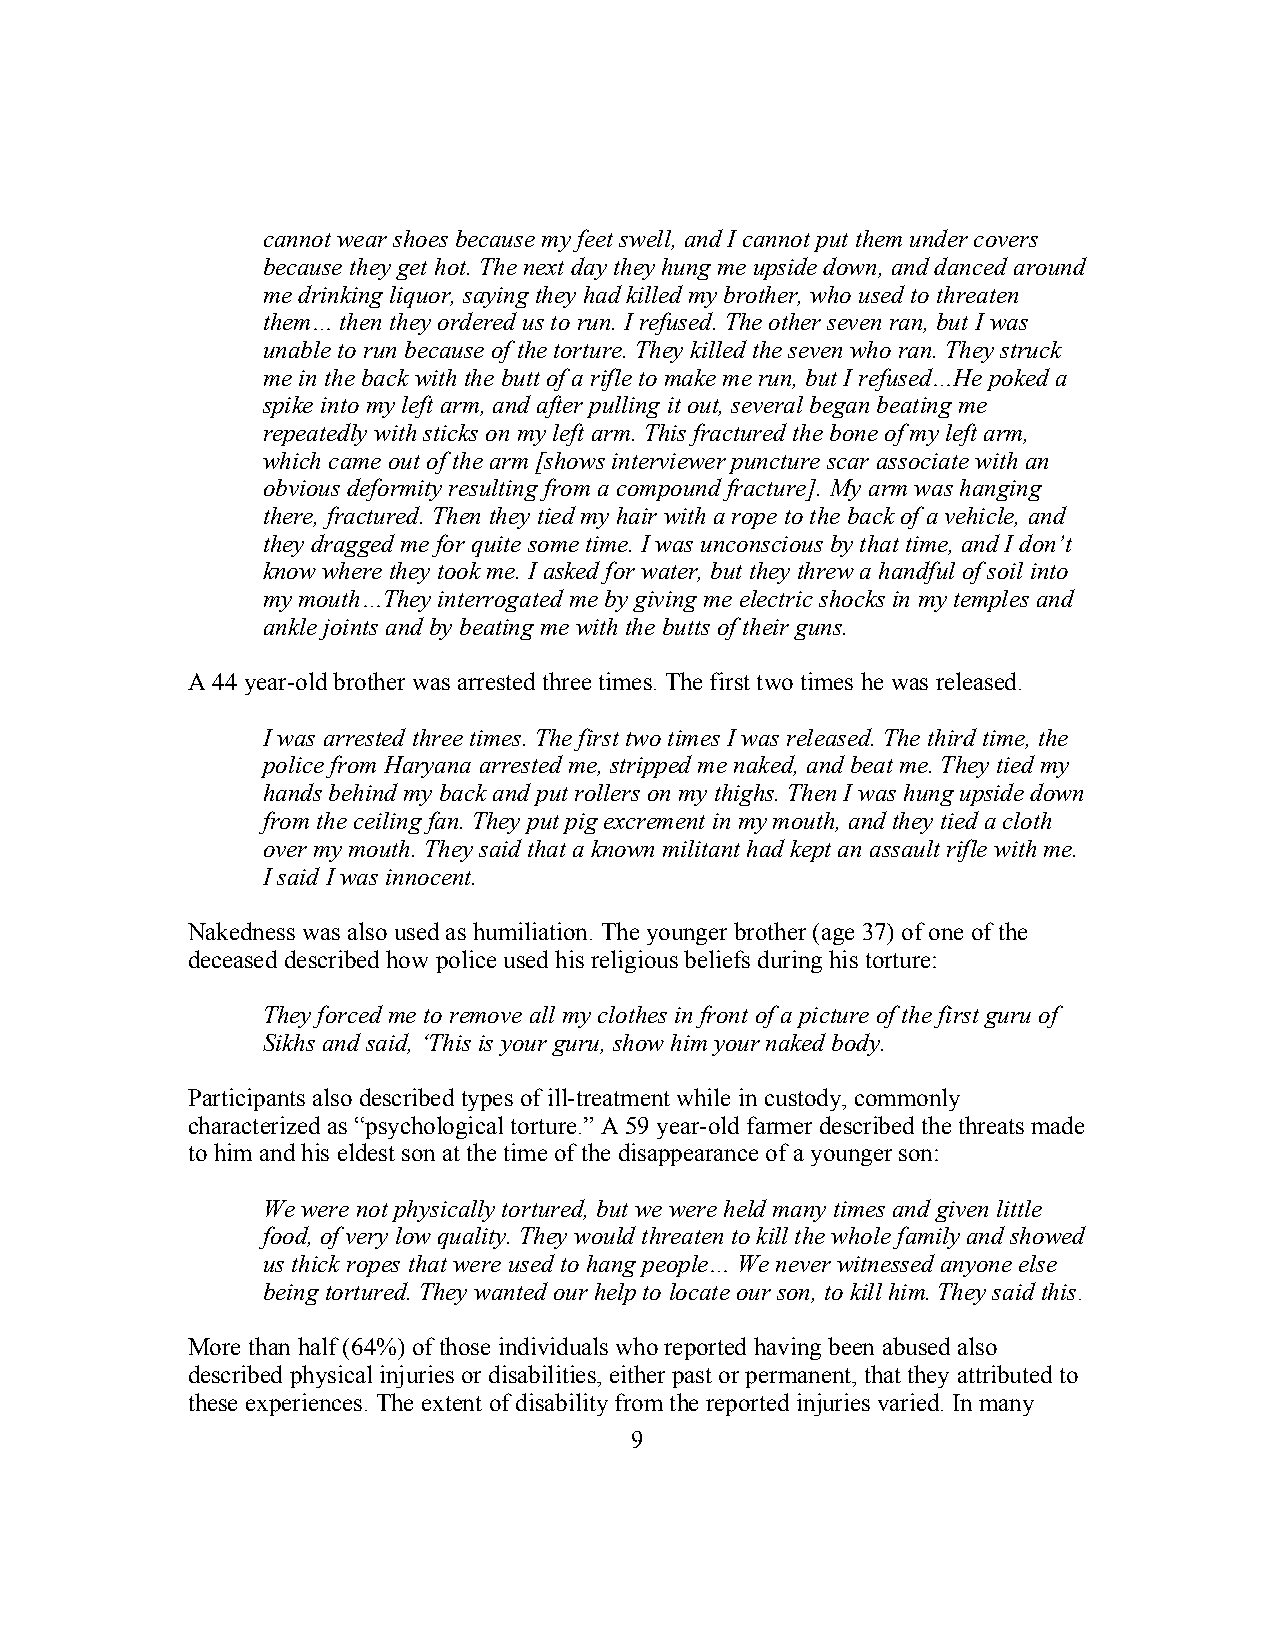
cannot wear shoes because my feet swell, and I cannot put them under covers
 because they get hot. The next day they hung me upside down, and danced around
 me drinking liquor, saying they had killed my brother, who used to threaten
 them… then they ordered us to run. I refused. The other seven ran, but I was
 unable to run because of the torture. They killed the seven who ran. They struck
 me in the back with the butt of a rifle to make me run, but I refused…He poked a
 spike into my left arm, and after pulling it out, several began beating me
 repeatedly with sticks on my left arm. This fractured the bone of my left arm,
 which came out of the arm [shows interviewer puncture scar associate with an
 obvious deformity resulting from a compound fracture]. My arm was hanging
 there, fractured. Then they tied my hair with a rope to the back of a vehicle, and
 they dragged me for quite some time. I was unconscious by that time, and I don’t
 know where they took me. I asked for water, but they threw a handful of soil into
 my mouth…They interrogated me by giving me electric shocks in my temples and
 ankle joints and by beating me with the butts of their guns.
 A 44 year-old brother was arrested three times. The first two times he was released.
 I was arrested three times. The first two times I was released. The third time, the
 police from Haryana arrested me, stripped me naked, and beat me. They tied my
 hands behind my back and put rollers on my thighs. Then I was hung upside down
 from the ceiling fan. They put pig excrement in my mouth, and they tied a cloth
 over my mouth. They said that a known militant had kept an assault rifle with me.
 I said I was innocent.
 Nakedness was also used as humiliation. The younger brother (age 37) of one of the
 deceased described how police used his religious beliefs during his torture:
 They forced me to remove all my clothes in front of a picture of the first guru of
 Sikhs and said, ‘This is your guru, show him your naked body.
 Participants also described types of ill-treatment while in custody, commonly
 characterized as “psychological torture.” A 59 year-old farmer described the threats made
 to him and his eldest son at the time of the disappearance of a younger son:
 We were not physically tortured, but we were held many times and given little
 food, of very low quality. They would threaten to kill the whole family and showed
 us thick ropes that were used to hang people… We never witnessed anyone else
 being tortured. They wanted our help to locate our son, to kill him. They said this.
 More than half (64%) of those individuals who reported having been abused also
 described physical injuries or disabilities, either past or permanent, that they attributed to
 these experiences. The extent of disability from the reported injuries varied. In many
 9